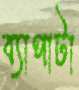
ব্যাপাটা